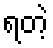
ရတဲ့